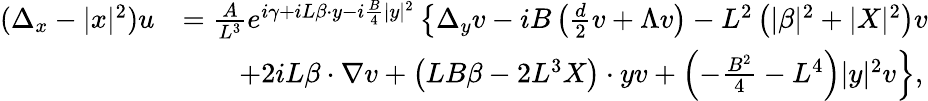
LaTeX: \begin{array}{rl}{(\Delta_{x}-|x|^{2})u}&{=\frac{A}{L^{3}}e^{i\gamma+iL\beta\cdot y-i\frac{B}{4}|y|^{2}}\left\{ \Delta_{y}v-iB\left(\frac{d}{2}v+\Lambda v\right)-L^{2}\left(|\beta|^{2}+|X|^{2}\right)v\right.}\\ &{\qquad\left.+2iL\beta\cdot\nabla v+\left(LB\beta-2L^{3}X\right)\cdot yv+\left(-\frac{B^{2}}{4}-L^{4}\right)|y|^{2}v\right\} ,}\end{array}